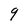
Character: q